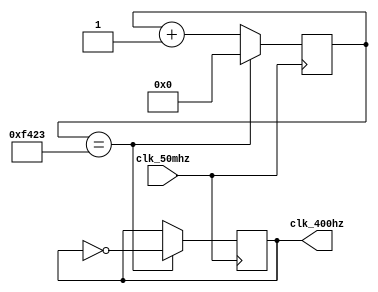
module clk_400hz (
    input clk_50mhz,
    output reg clk_400hz
);

reg [25:0] counter = 0;

always @(posedge clk_50mhz) begin
    if (counter == 62499) begin
        counter <= 0;
        clk_400hz <= ~clk_400hz;
    end
    else begin
        counter <= counter + 1;
    end
end

endmodule